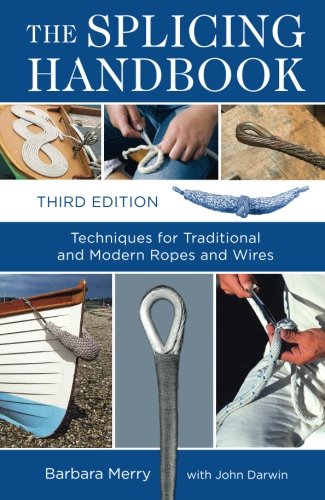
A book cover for The Splicing Handbook, Third Edition: Techniques for Modern and Traditional Ropes; Barbara Merry; Engineering & Transportation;